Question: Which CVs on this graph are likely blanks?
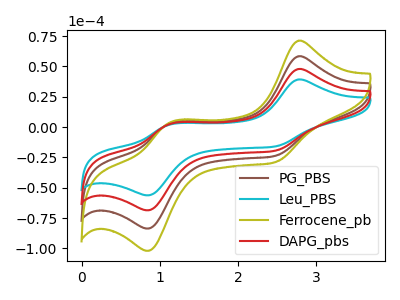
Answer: <think>The brown curve "PG_PBS" has anodic peaks at (2.75V, 95.75uA) (1.15V, 5.10uA) and cathodic peaks at (2.50V, -38.80uA) (0.85V, -137.05uA). The cyan curve "Leu_PBS" has anodic peaks at (2.75V, 39.25uA) (1.15V, 2.10uA) and cathodic peaks at (2.50V, -15.90uA) (0.85V, -56.20uA). The olive curve "Ferrocene_pb" has anodic peaks at (2.75V, 143.60uA) (1.15V, 7.65uA) and cathodic peaks at (2.50V, -58.25uA) (0.85V, -205.60uA). The red curve "DAPG_pbs" has anodic peaks at (2.75V, 47.85uA) (1.15V, 2.55uA) and cathodic peaks at (2.50V, -19.40uA) (0.85V, -68.55uA).</think>
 <answer>There are not any CV's on this graph that are likely to be blanks.</answer>
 <eval>none</eval>